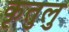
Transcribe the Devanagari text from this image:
कृतुलु